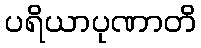
ပရိယာပုဏာတိ